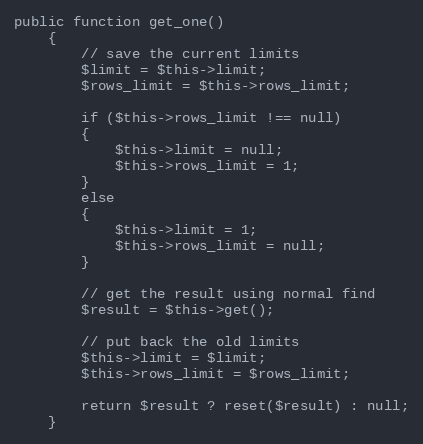
Language: PHP
public function get_one()
	{
		// save the current limits
		$limit = $this->limit;
		$rows_limit = $this->rows_limit;

		if ($this->rows_limit !== null)
		{
			$this->limit = null;
			$this->rows_limit = 1;
		}
		else
		{
			$this->limit = 1;
			$this->rows_limit = null;
		}

		// get the result using normal find
		$result = $this->get();

		// put back the old limits
		$this->limit = $limit;
		$this->rows_limit = $rows_limit;

		return $result ? reset($result) : null;
	}